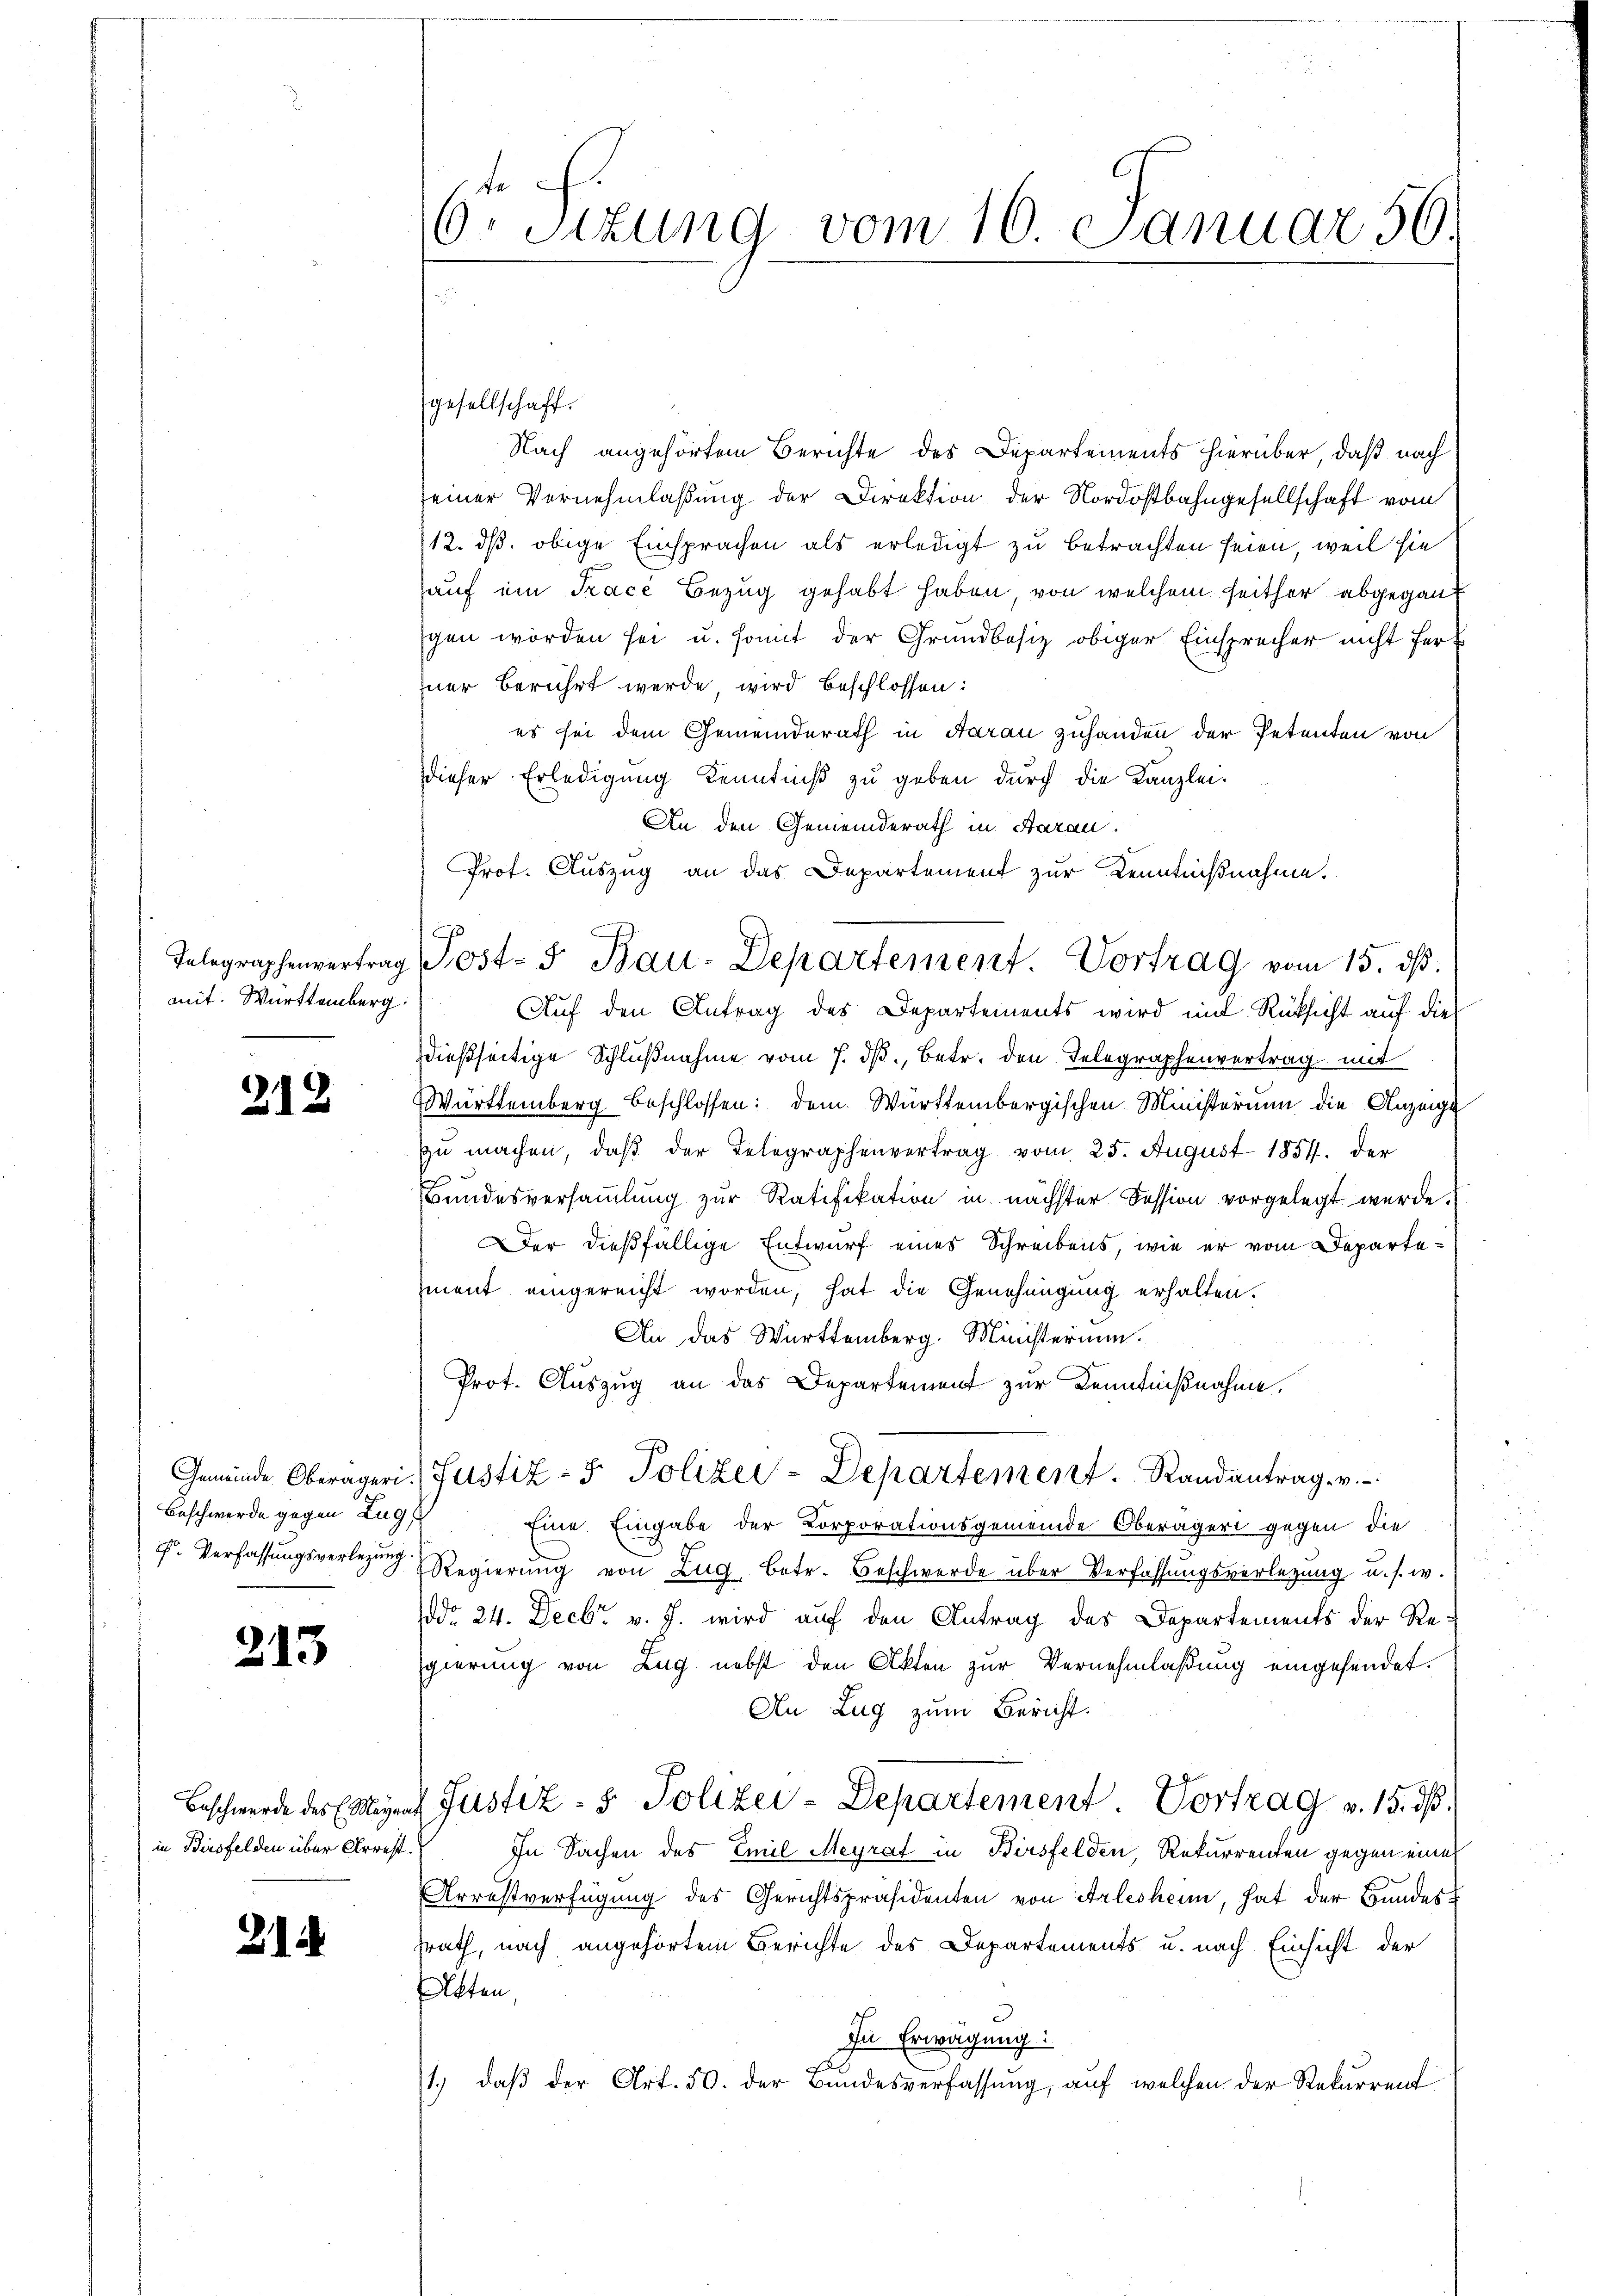
mit. Württemberg.

212

Beschwerde gegen Zug,

215

in Birsfelden über Arrest

21.

te
6. Sitzung vom 10. Januar 56.

Nach angehörten Berichte des Departements hierüber, daß nach
seiner Vernehmlassung der Direktion der Nordostbahngesellschaft vom
12. ds. obige Einsprachen als erledigt zu betrachten seien, weil sie
auf ein Tracé Bezug gehabt haben, von welchem seither abgegangen worden sei u. somit der Grundbesiz obiger Einsprecher nicht ferner berührt werde, wird beschlossen:
es sei dem Gemeinderath in Aarau zuhanden der Petenten von
dieser Erledigung Kenntniß zu geben durch die Kanzlei-
An den Gemeinderath in Aarau
Prot. Auszug an das Departement zur Kenntnißnahme.
Auf den Antrag des Departements wird mit Rücksicht auf dies
dießseitige Schlußnahme vom 7. dβ, Betr. den Telegraphenvertrag mit
Württemberg beschlossen: dem Württembergischen Ministerium die Anzeige
zu machen, daß der Telegraphenvertrag vom 25. August 1857. der
Bundesversammlung zur Ratifikation in nächster Fession vorgelegt werde.
Der dießfällige Entwurf eines Schreibens, wie er vom Departement eingereicht worden, hat die Genehmigung erhalten.
An das Württemberg. Ministerium.
Prot. Auszug an das Departement zur Kenntnißnahme.
Gemeinde Oberägeri. Justiz- & Polizei-Departement. Randantrag. v.
Eine Eingabe der Corporationsgemeinde Oberägeri gegen die
u
F. Verfassungsverlegen Regierŭng von Zŭg betr. Beschwerde über Verfassŭngsverlegung u. s. w.
ddo 24. Decbr. v. J. wird auf den Antrag des Departements der Resgierung von Zug nebst den Akten zur Vernehmlaßung eingesendet.
An Zug zum Bericht.
Beschwerde des Emigrat Justiz- & Polizei-Departement. Vortrag v. 15. d.
In Sachen des Emil Meyrat in Birsfelden, Rekurrenten gegen eine
Arrestverfügung des Gerichtspräsidenten von Arlesheim, hat der Bundes-
trath, nach angehörtem Berichte des Departements u. nach Einsicht der
Atten,
In Erwägung:
1.) daß der Art. 50. der Bundesverfassung, auf welchen der Rekurrent

gesellschaft.

Telegraphenvertrag Post- & Bau-Departement. Vortrag vom 15. dβ.